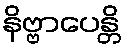
နိဗ္ဗာပေန္တိ